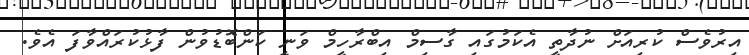
އިރުވެސް ކުރިއަށް ނުދާތީ އެކަމުގައި ގާސިމް އިބްރާހީމް ވަނީ ކަންބޮޑުވުން ފާޅުކުރައްވާފަ އެވެ.